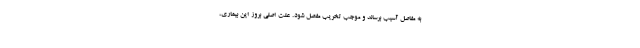
به مفاصل آسیب برساند و موجب تخریب مفصل شود. علت اصلی بروز این بیماری،